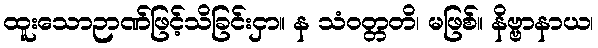
ထူးသောဉာဏ်ဖြင့်သိခြင်းငှာ။ န သံဝတ္တတိ၊ မဖြစ်။ နိဗ္ဗာနာယ၊